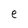
Character: e